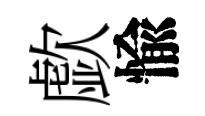
歔愉